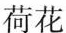
荷花